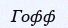
Гофф